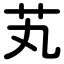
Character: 芄